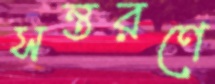
সন্তরণে